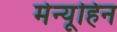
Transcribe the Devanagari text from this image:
मेन्यूहिन